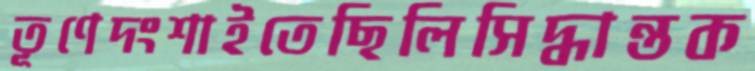
তূণেদংশাইতেছিলিসিদ্ধান্তক